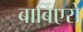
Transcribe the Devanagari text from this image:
बार्बिएरो